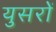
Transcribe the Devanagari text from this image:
युसरों